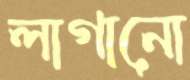
লাগানো